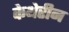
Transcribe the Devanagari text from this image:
केथेरीन